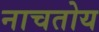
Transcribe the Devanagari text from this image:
नाचतोय